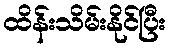
ထိန်းသိမ်းနိုင်ပြီး